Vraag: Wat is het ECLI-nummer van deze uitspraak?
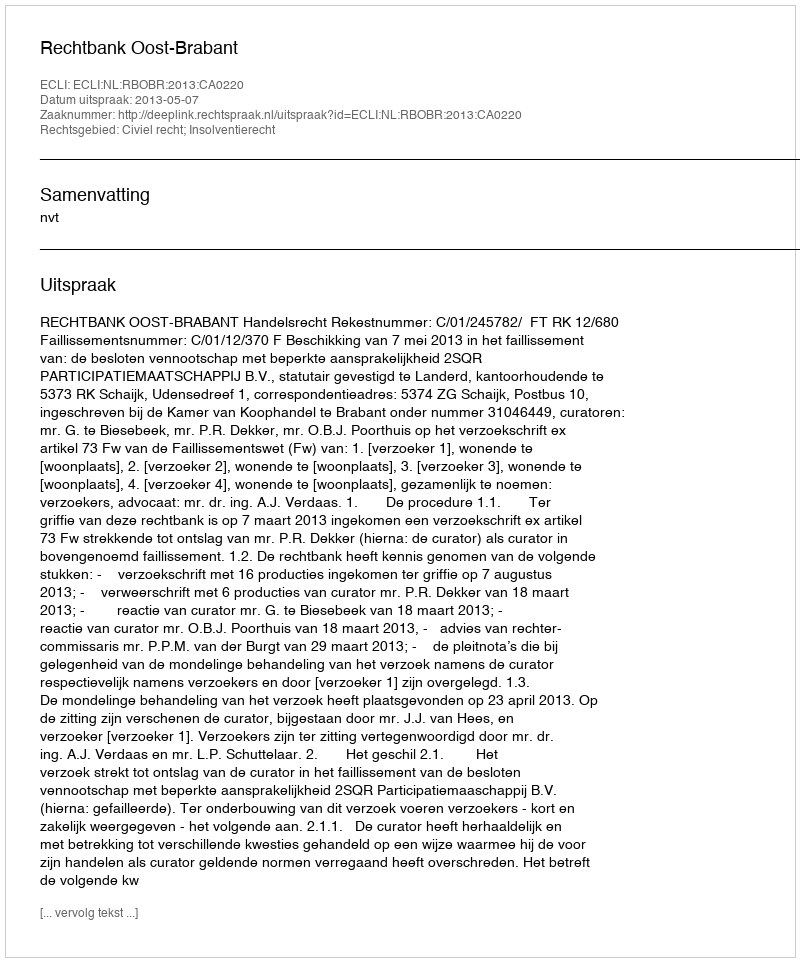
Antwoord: ECLI:NL:RBOBR:2013:CA0220